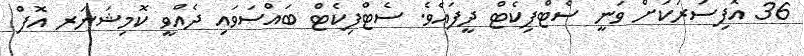
36 އޮފިސަރަކަށް ވަނީ ސެޓްފިކެޓް ދީފައެވެ. ސެޓްފިކެޓް ބައްސަވައި ދެއްވީ ކޮމިޝަނަރ އޮފް